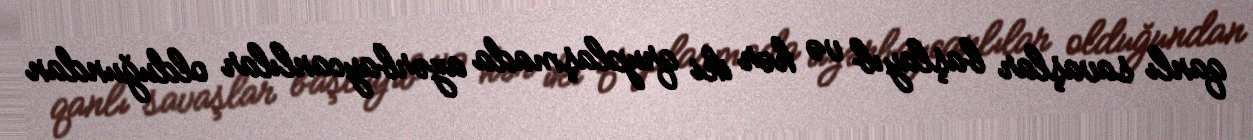
qanlı savaşlar başlayıb və hər iki qruplaşmada azərbaycanlılar olduğundan